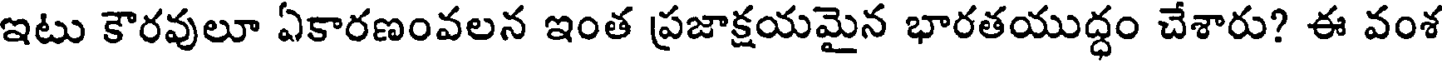
ఇటు కౌరవులూ ఏకారణంవలన ఇంత ప్రజాక్షయమైన భారతయుద్ధం చేశారు? ఈ వంశ